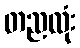
တညလုံး